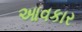
આવકાર